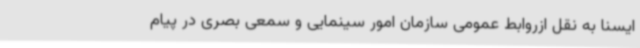
ایسنا به نقل ازروابط عمومی سازمان امور سینمایی و سمعی بصری در پیام